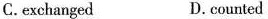
C.exchanged D.counted